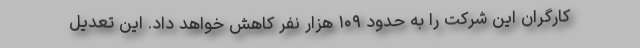
کارگران این شرکت را به حدود ۱۰۹ هزار نفر کاهش خواهد داد. این تعدیل